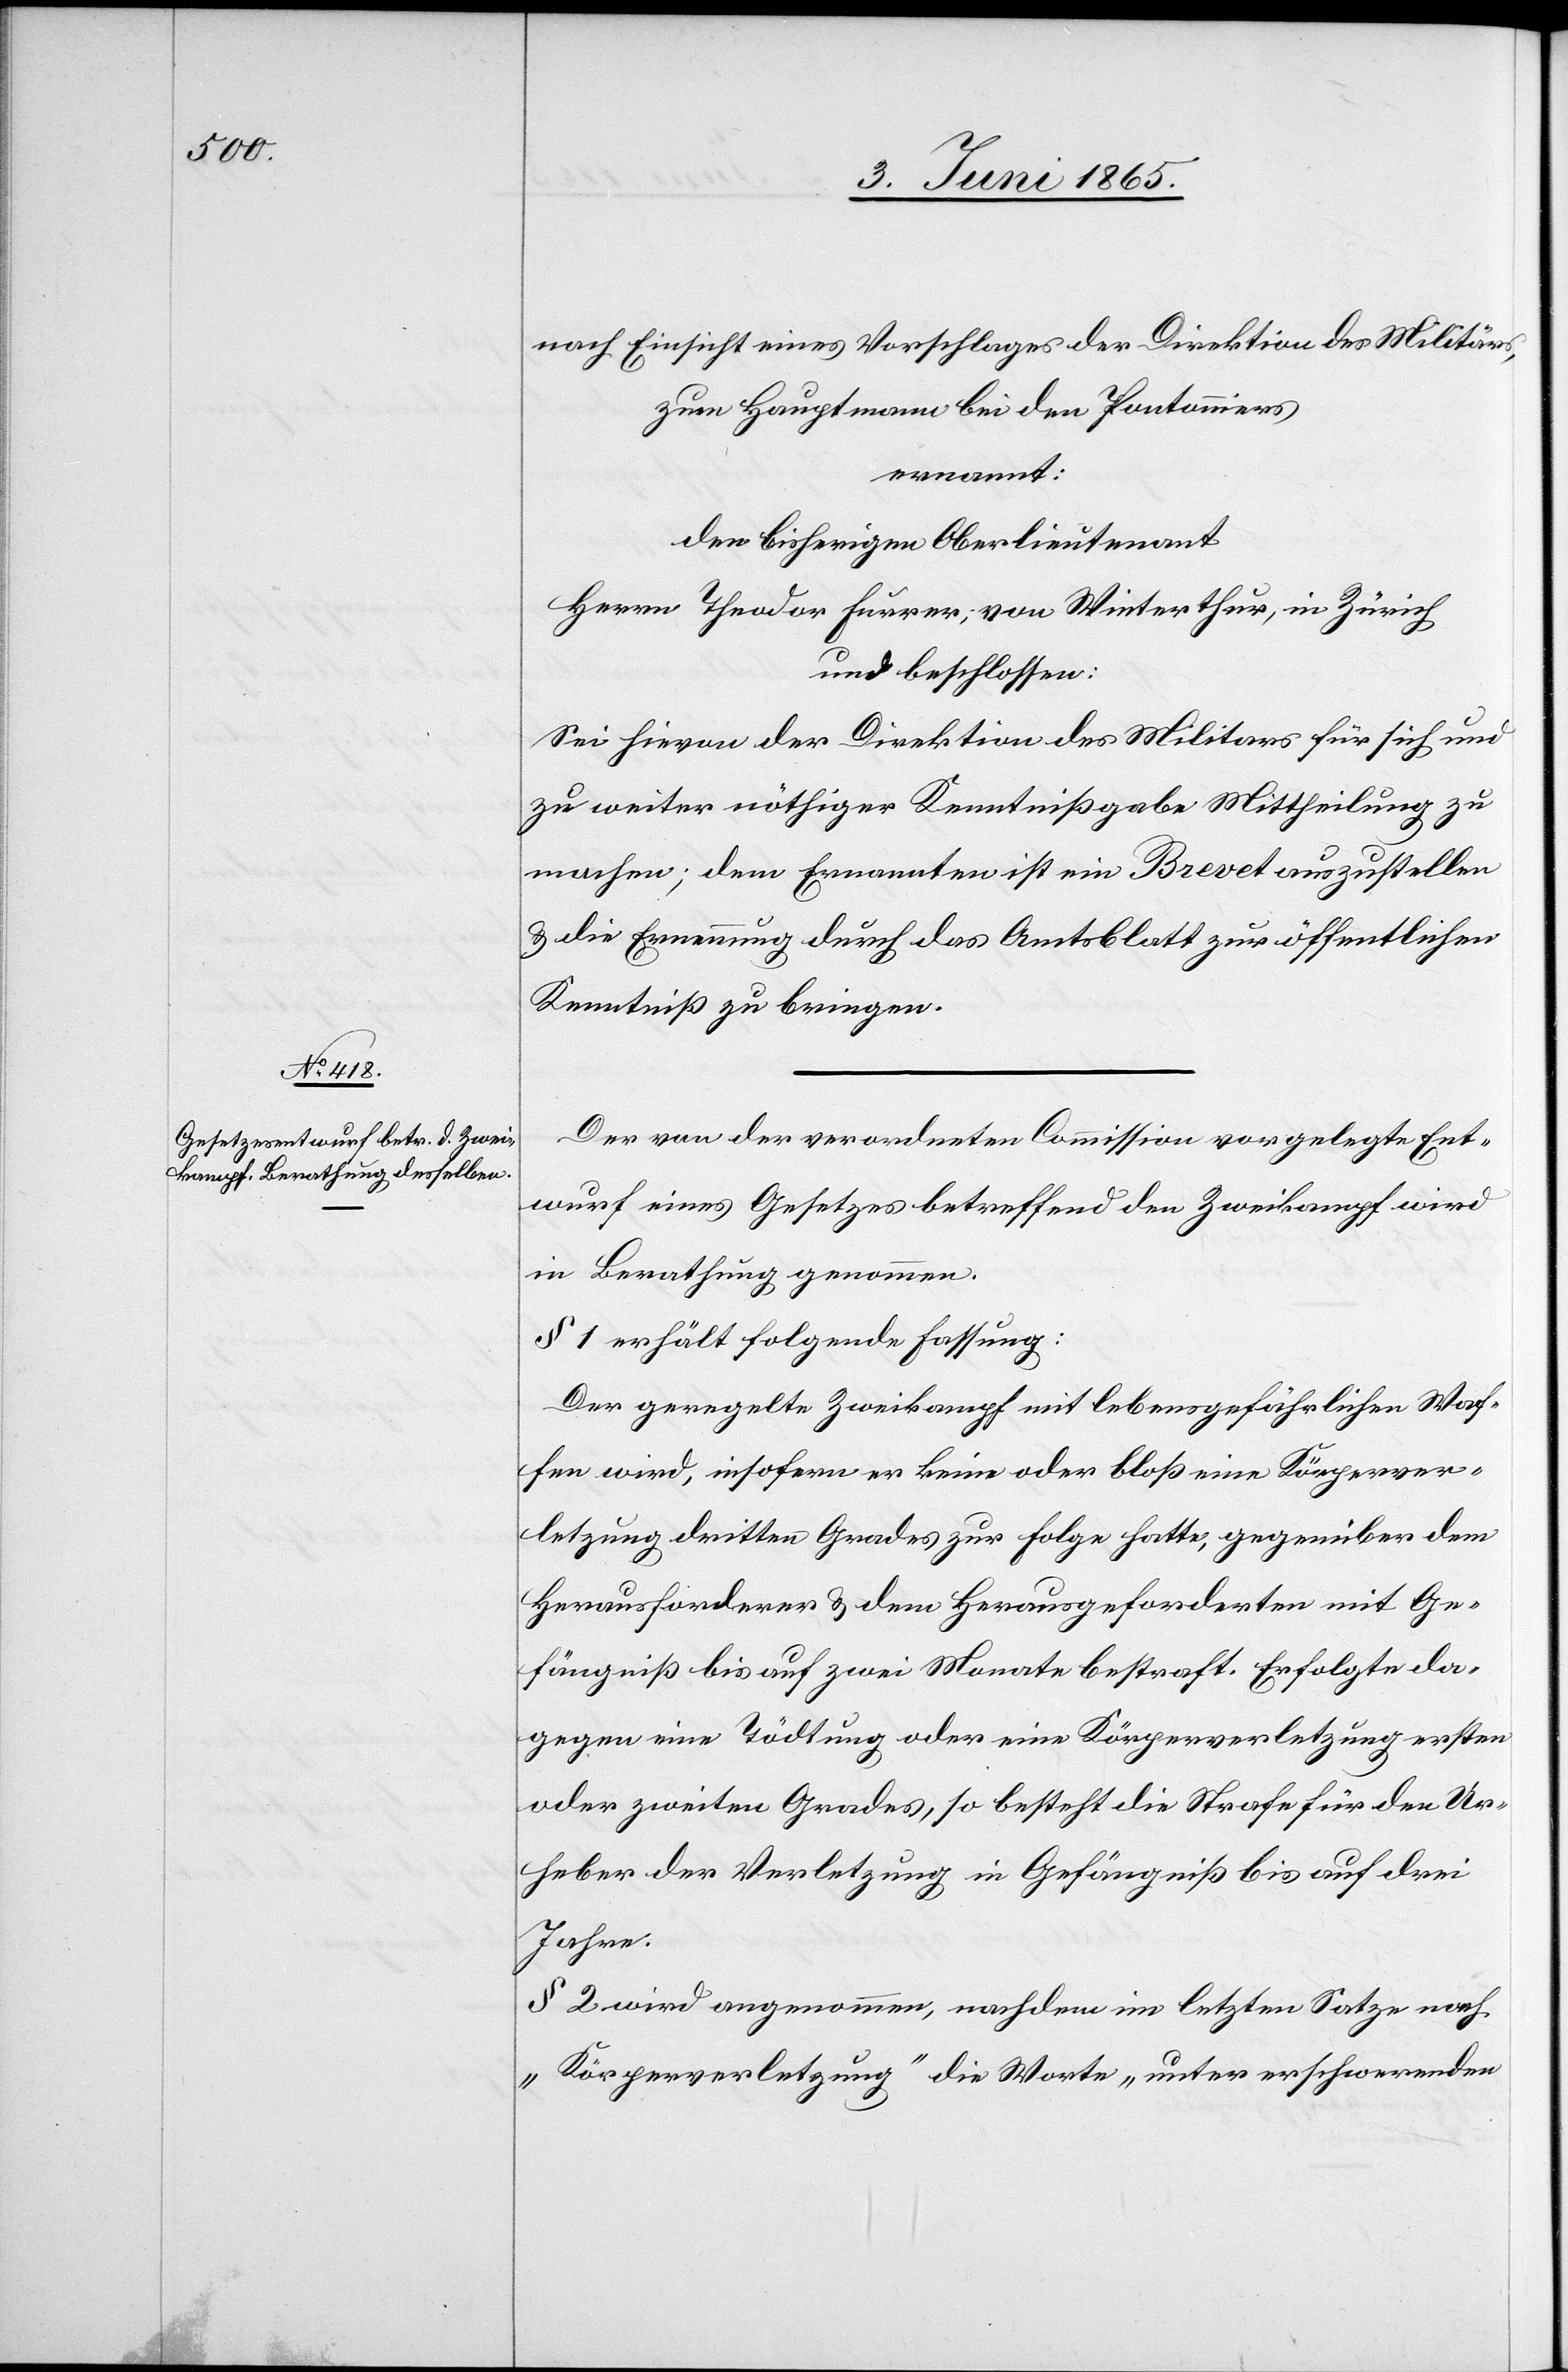
nach Einsicht eines Vorschlages der Direktion des Militärs,
zum Hauptmann bei den Pontonniers
ernannt:
den bisherigen Oberlieutenant
Herrn Theodor Furrer, von Winterthur, in Zürich
und beschlossen:
Sei hievon der Direktion des Militärs für sich und
zu weiter nöthiger Kenntnißgabe Mittheilung zu
machen; dem Ernannten ist ein Brevet auszustellen
& die Ernennung durch das Amtsblatt zur öffentlichen
Kenntniß zu bringen.
Der von der verordneten Commission vorgelegte Ent¬
wurf eines Gesetzes betreffend den Zweikampf wird
in Berathung genommen.
§ 1 erhält folgende Fassung:
Der geregelte Zweikampf mit lebensgefährlichen Waf¬
fen wird, insofern er keine oder bloß eine Körperver¬
letzung dritten Grades zur Folge hatte, gegenüber dem
Herausforderer & dem Herausgeforderten mit Ge¬
fängniß bis auf zwei Monate bestraft. Erfolgte da¬
gegen eine Tödtung oder eine Körperverletzung ersten
oder zweiten Grades, so besteht die Strafe für den Ur¬
heber der Verletzung in Gefängiß bis auf drei
Jahre.
§ 2 wird angenommen, nachdem im letzten Satze nach
„Körperverletzung“ die Worte „unter erschwerenden